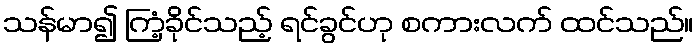
သန်မာ၍ ကြံ့ခိုင်သည့် ရင်ခွင်ဟု စကားလက် ထင်သည်။